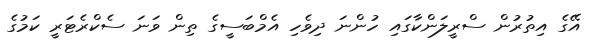
އޭގެ އިތުރުން ސްރީލަންކާގައި ހުންނަ ދިވެހި އެމްބަސީގެ ތިން ވަނަ ސެކްރެޓަރީ ކަމުގެ